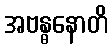
အဗန္ဓနောတိ